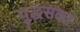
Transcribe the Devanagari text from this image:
युद्धसक्त